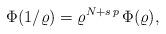
LaTeX: \begin{align*}\Phi(1/\varrho)=\varrho^{N+s\,p}\,\Phi(\varrho),\end{align*}